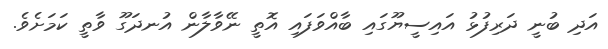
އަދި ބުނީ ދަރިފުޅު އައިސީޔޫގައި ބާއްވަފައި އޮތީ ނޭވާލާން އުނދަގޫ ވާތީ ކަމަށެވެ.